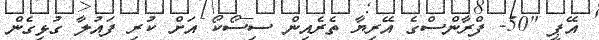
އޭޕީ "50- ފްރާންސްގެ އޭރިޔާ ތެރެއިން ސިސޯކޯ އަށް ކުރި ފައުލާ ގުޅިގެން